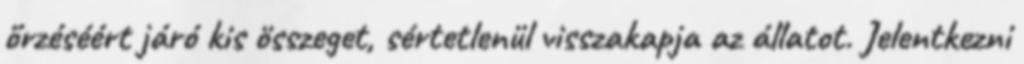
őrzéséért járó kis összeget, sértetlenül visszakapja az állatot. Jelentkezni